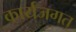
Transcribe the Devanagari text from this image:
कार्यजगत्